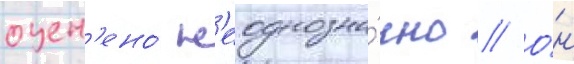
оцен'ено́ н'еоднозна́чно // О́н